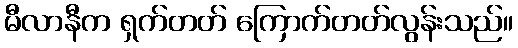
မီလာနီက ရှက်တတ် ကြောက်တတ်လွန်းသည်။